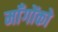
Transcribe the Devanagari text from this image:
माँगोंको